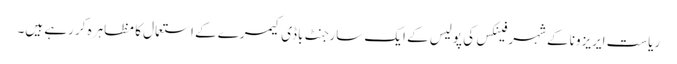
ریاست ایریزونا کے شہر فینکس کی پولیس کے ایک سارجنٹ باڈی کیمرے کے استعمال کا مظاہرہ کر رہے ہیں۔